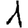
Digit: 1